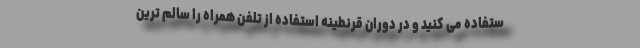
ستفاده می کنید و در دوران قرنطینه استفاده از تلفن همراه را سالم ترین